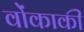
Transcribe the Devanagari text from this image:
वोंकाकी